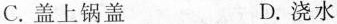
C.盖上锅盖 D.浇水